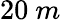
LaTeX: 20\ m